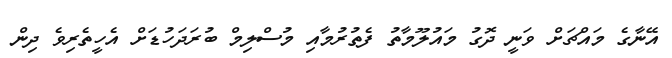
އޭނާގެ މައްޗަށް ވަނީ ދޮގު މައުލޫމާތު ފެތުރުމާއި މުސްލިމް ބުރަދަހުޑަށް އެހީތެރިވެ ދިން